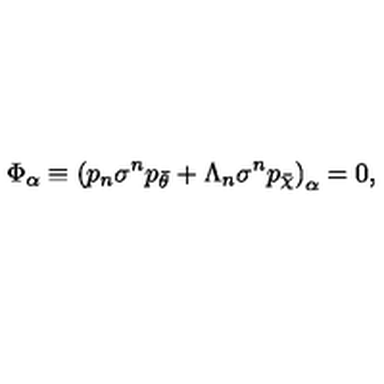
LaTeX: \Phi _ { \alpha } \equiv { ( p _ { n } \sigma ^ { n } p _ { \bar { \theta } } + \Lambda _ { n } \sigma ^ { n } p _ { \bar { \chi } } ) } _ { \alpha } = 0 ,